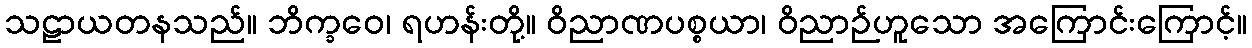
သဠာယတနသည်။ ဘိက္ခဝေ၊ ရဟန်းတို့။ ဝိညာဏပစ္စယာ၊ ဝိညာဉ်ဟူသော အကြောင်းကြောင့်။